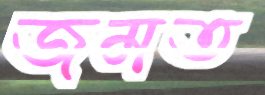
জমত